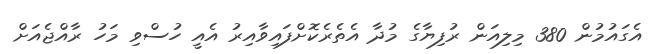
އެގައުމުން 380 މިލިއަން ރުފިޔާގެ މުދާ އެތެރެކޮށްފައިވާއިރު އެއީ ހުސްވި މަހު ރާއްޖެއަށް